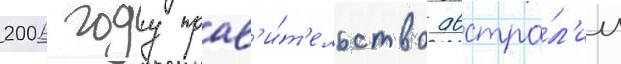
2006 году прав'и́т'ельство австра́л'ии